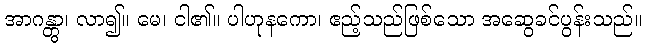
အာဂန္တွာ၊ လာ၍။ မေ၊ ငါ၏။ ပါဟုနကော၊ ဧည့်သည်ဖြစ်သော အဆွေခင်ပွန်းသည်။